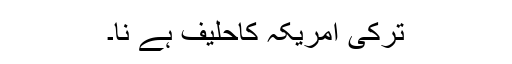
ترکی امریکہ کاحلیف ہے نا۔